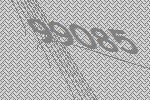
99085